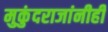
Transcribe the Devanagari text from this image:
मुकुंदराजांनीही